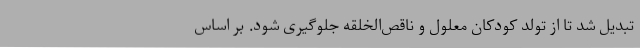
تبدیل شد تا از تولد کودکان معلول و ناقص‌الخلقه جلوگیری شود. بر اساس